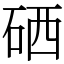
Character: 硒